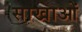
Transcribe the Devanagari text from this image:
साखाओं